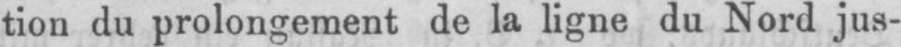
tion du prolongement de la ligne du Nord jus-